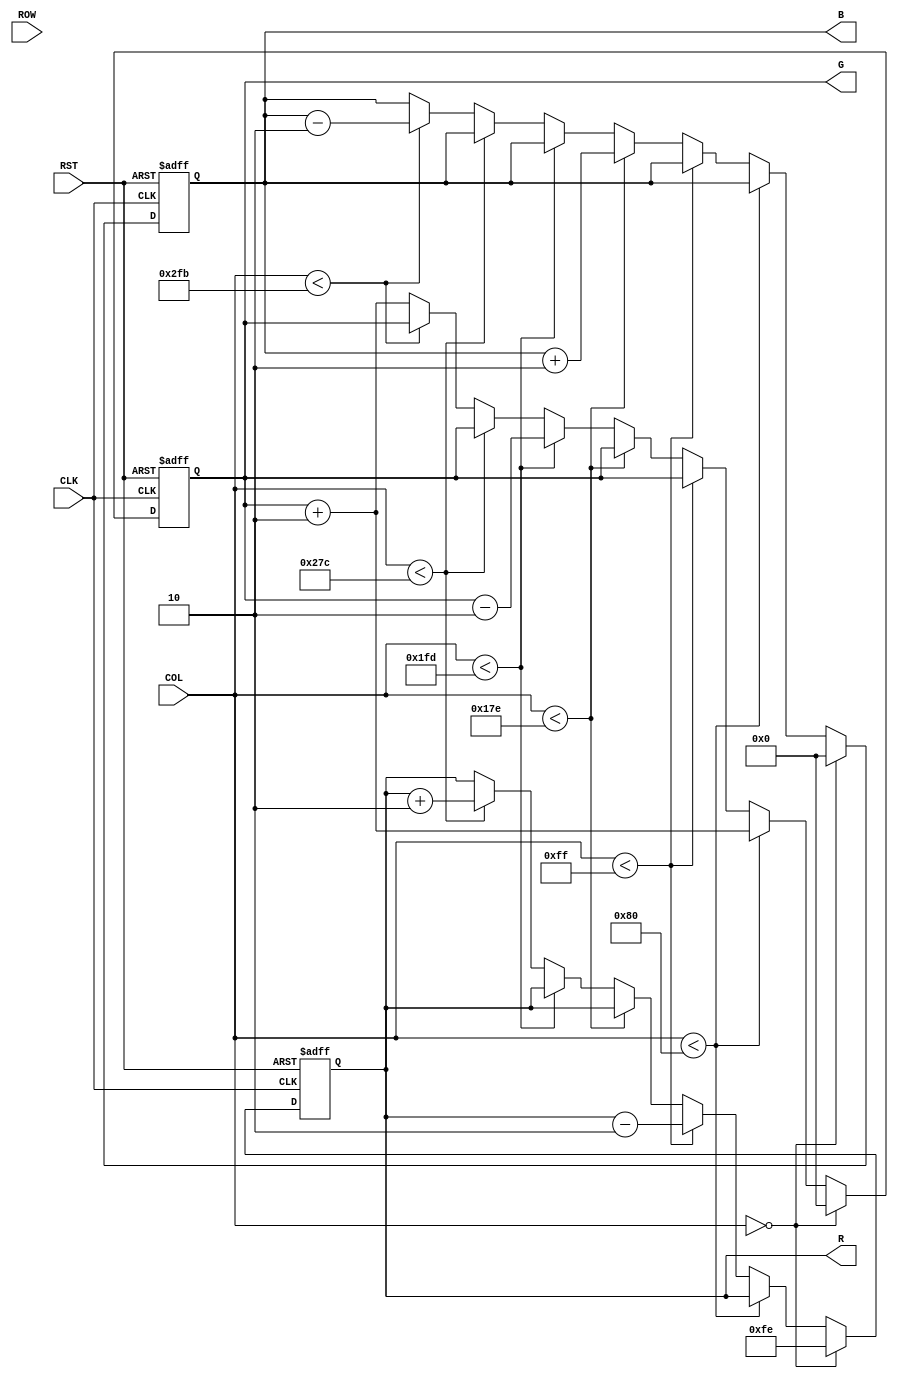
//`timescale 1ns / 1ps
//////////////////////////////////////////////////////////////////////////////////
// Company: 
// Engineer: 
// 
// Design Name: 
// Module Name:    rainbow 
// Project Name: 
// Target Devices: 
// Tool versions: 
// Description: 
//
// Dependencies: 
//
// Revision: 
// Revision 0.01 - File Created
// Additional Comments: 
//
//////////////////////////////////////////////////////////////////////////////////
module rainbow(CLK, RST, ROW, COL, R, G, B);
	input CLK, RST;
	input signed [9:0] ROW;
	input signed [10:0] COL;
	output [7:0] R, G, B;
/*
	assign R = (COL > 11'd300 && COL <= 11'd500 && ROW > 10'd200 && ROW <= 10'd400) ? 8'h80 : 8'h00;
	assign G = (COL > 11'd300 && COL <= 11'd500 && ROW > 10'd200 && ROW <= 10'd400) ? 8'h80 : 8'h00;
	assign B = (COL > 11'd300 && COL <= 11'd500 && ROW > 10'd200 && ROW <= 10'd400) ? 8'h80 : 8'h00;
*/

	reg [7:0] R, G, B;
	reg signed [9:0] xpos, ypos;
	
	wire [19:0] r2;
	
	always @(posedge CLK or negedge RST) begin
		if(!RST) begin
			R <= 8'hfe;
			G <= 8'h00;
			B <= 8'h00;
			xpos <= 10'd400;
			ypos <= 10'd300;
		end
		else begin
				if(COL == 11'd0) begin
					R <= 8'hfe;
					G <= 8'h00;
					B <= 8'h00;
				end
				else if(COL < 128) G <= G + 8'd2;
				else if(COL < 255) R <= R - 8'd2;
				else if(COL < 382) B <= B + 8'd2;
				else if(COL < 509) G <= G - 8'd2;
				else if(COL < 636) R <= R + 8'd2;
				else if(COL < 763) B <= B - 8'd2;
				else G <= G + 8'd2;
		end
	end

endmodule